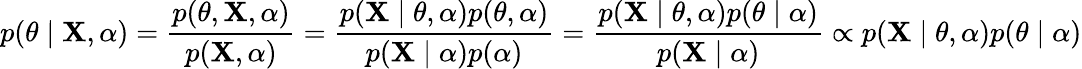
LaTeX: p(\theta\mid\mathbf{X},\alpha)={\frac{p(\theta,\mathbf{X},\alpha)}{p(\mathbf{X},\alpha)}}={\frac{p(\mathbf{X}\mid\theta,\alpha)p(\theta,\alpha)}{p(\mathbf{X}\mid\alpha)p(\alpha)}}={\frac{p(\mathbf{X}\mid\theta,\alpha)p(\theta\mid\alpha)}{p(\mathbf{X}\mid\alpha)}}\propto p(\mathbf{X}\mid\theta,\alpha)p(\theta\mid\alpha)